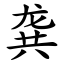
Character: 龚